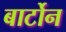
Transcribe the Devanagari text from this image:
बार्टोन